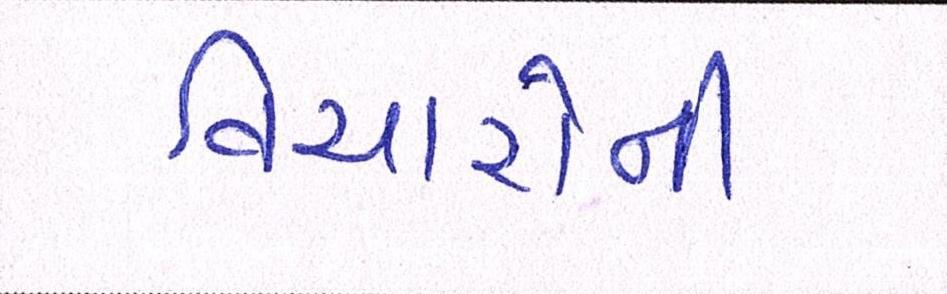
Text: વિચારોની